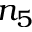
n _ { 5 }